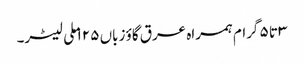
۳ تا ۵ گرام ہمراہ عرق گاؤ زباں ۱۲۵ ملی لیٹر۔